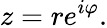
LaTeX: z=re^{i\varphi}.